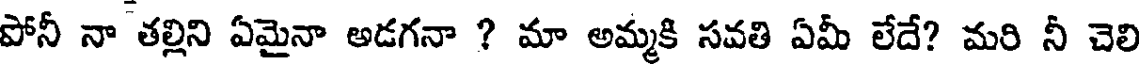
పోనీ నా తల్లిని ఏమైనా అడగనా ? మా అమ్మకి సవతి ఏమీ లేదే? మరి నీ చెలి